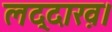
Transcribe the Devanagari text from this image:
लद्दाख़।